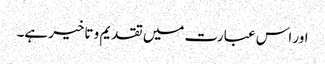
اور اس عبارت میں تقدیم و تاخیر ہے۔